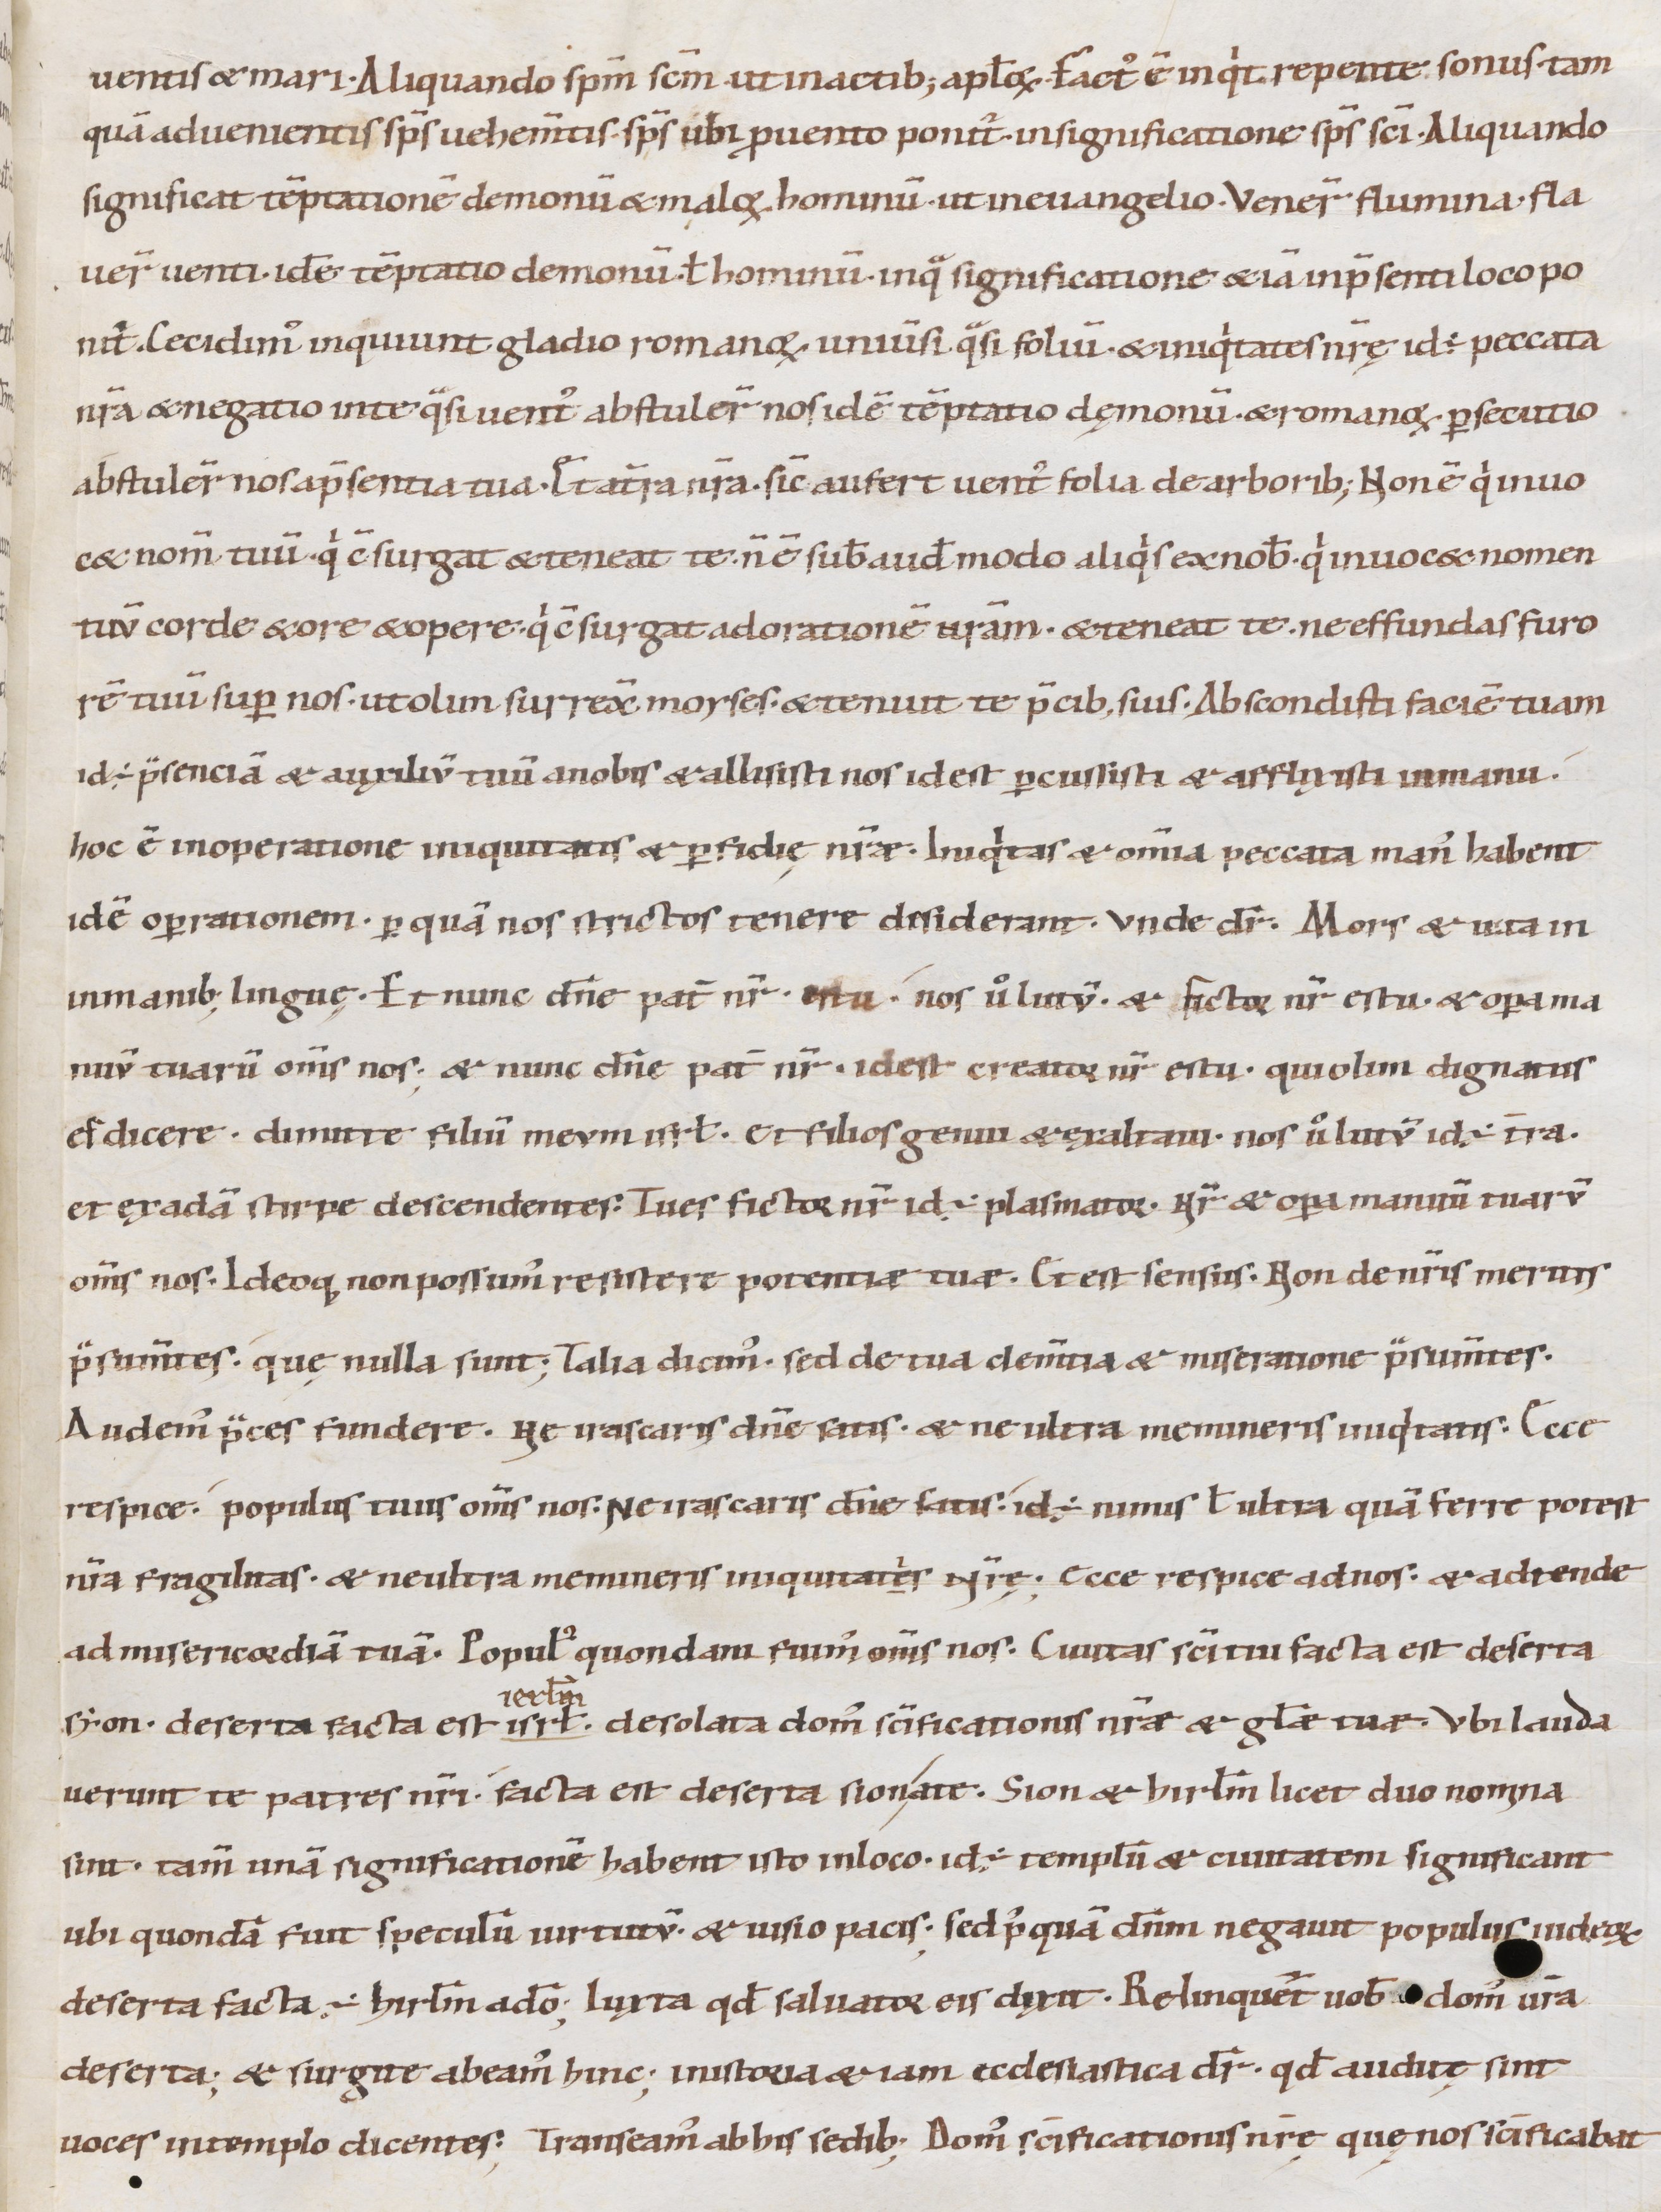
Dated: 1000–1099